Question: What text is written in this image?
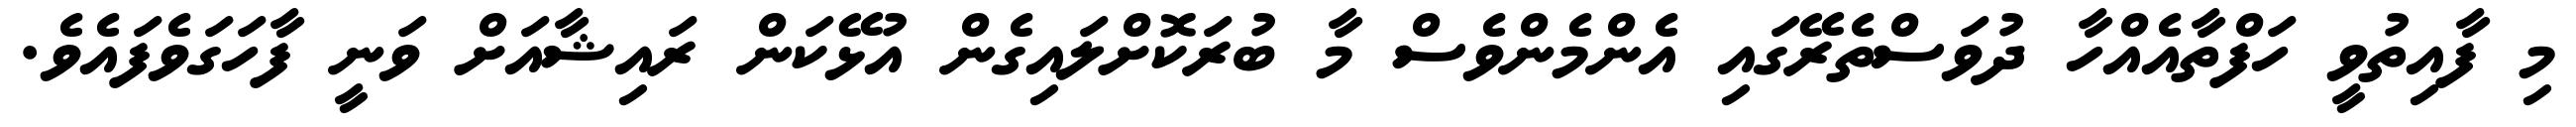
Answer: މި ފާއިތުވީ ހަފްތާއެއްހާ ދުވަސްތެރޭގައި އެންމެންވެސް މާ ބުރަކޮށްލައިގެން އުޅޭކަން ރައިޝާއަށް ވަނީ ފާހަގަވެފައެވެ.